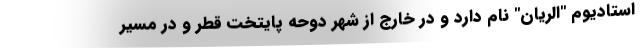
استادیوم "الریان" نام دارد و در خارج از شهر دوحه پایتخت قطر و در مسیر